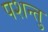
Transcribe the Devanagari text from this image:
पशन्तु